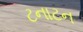
ટનાટન